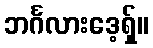
ဘင်္ဂလားဒေ့ရှ်။